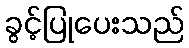
ခွင့်ပြုပေးသည်